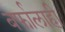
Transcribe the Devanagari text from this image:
बर्फालाही